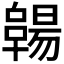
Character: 𠧊